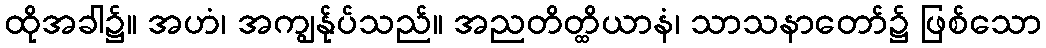
ထိုအခါ၌။ အဟံ၊ အကျွန်ုပ်သည်။ အညတိတ္ထိယာနံ၊ သာသနာတော်၌ ဖြစ်သော